Leningradi_Edasi_toimetus, lk 11
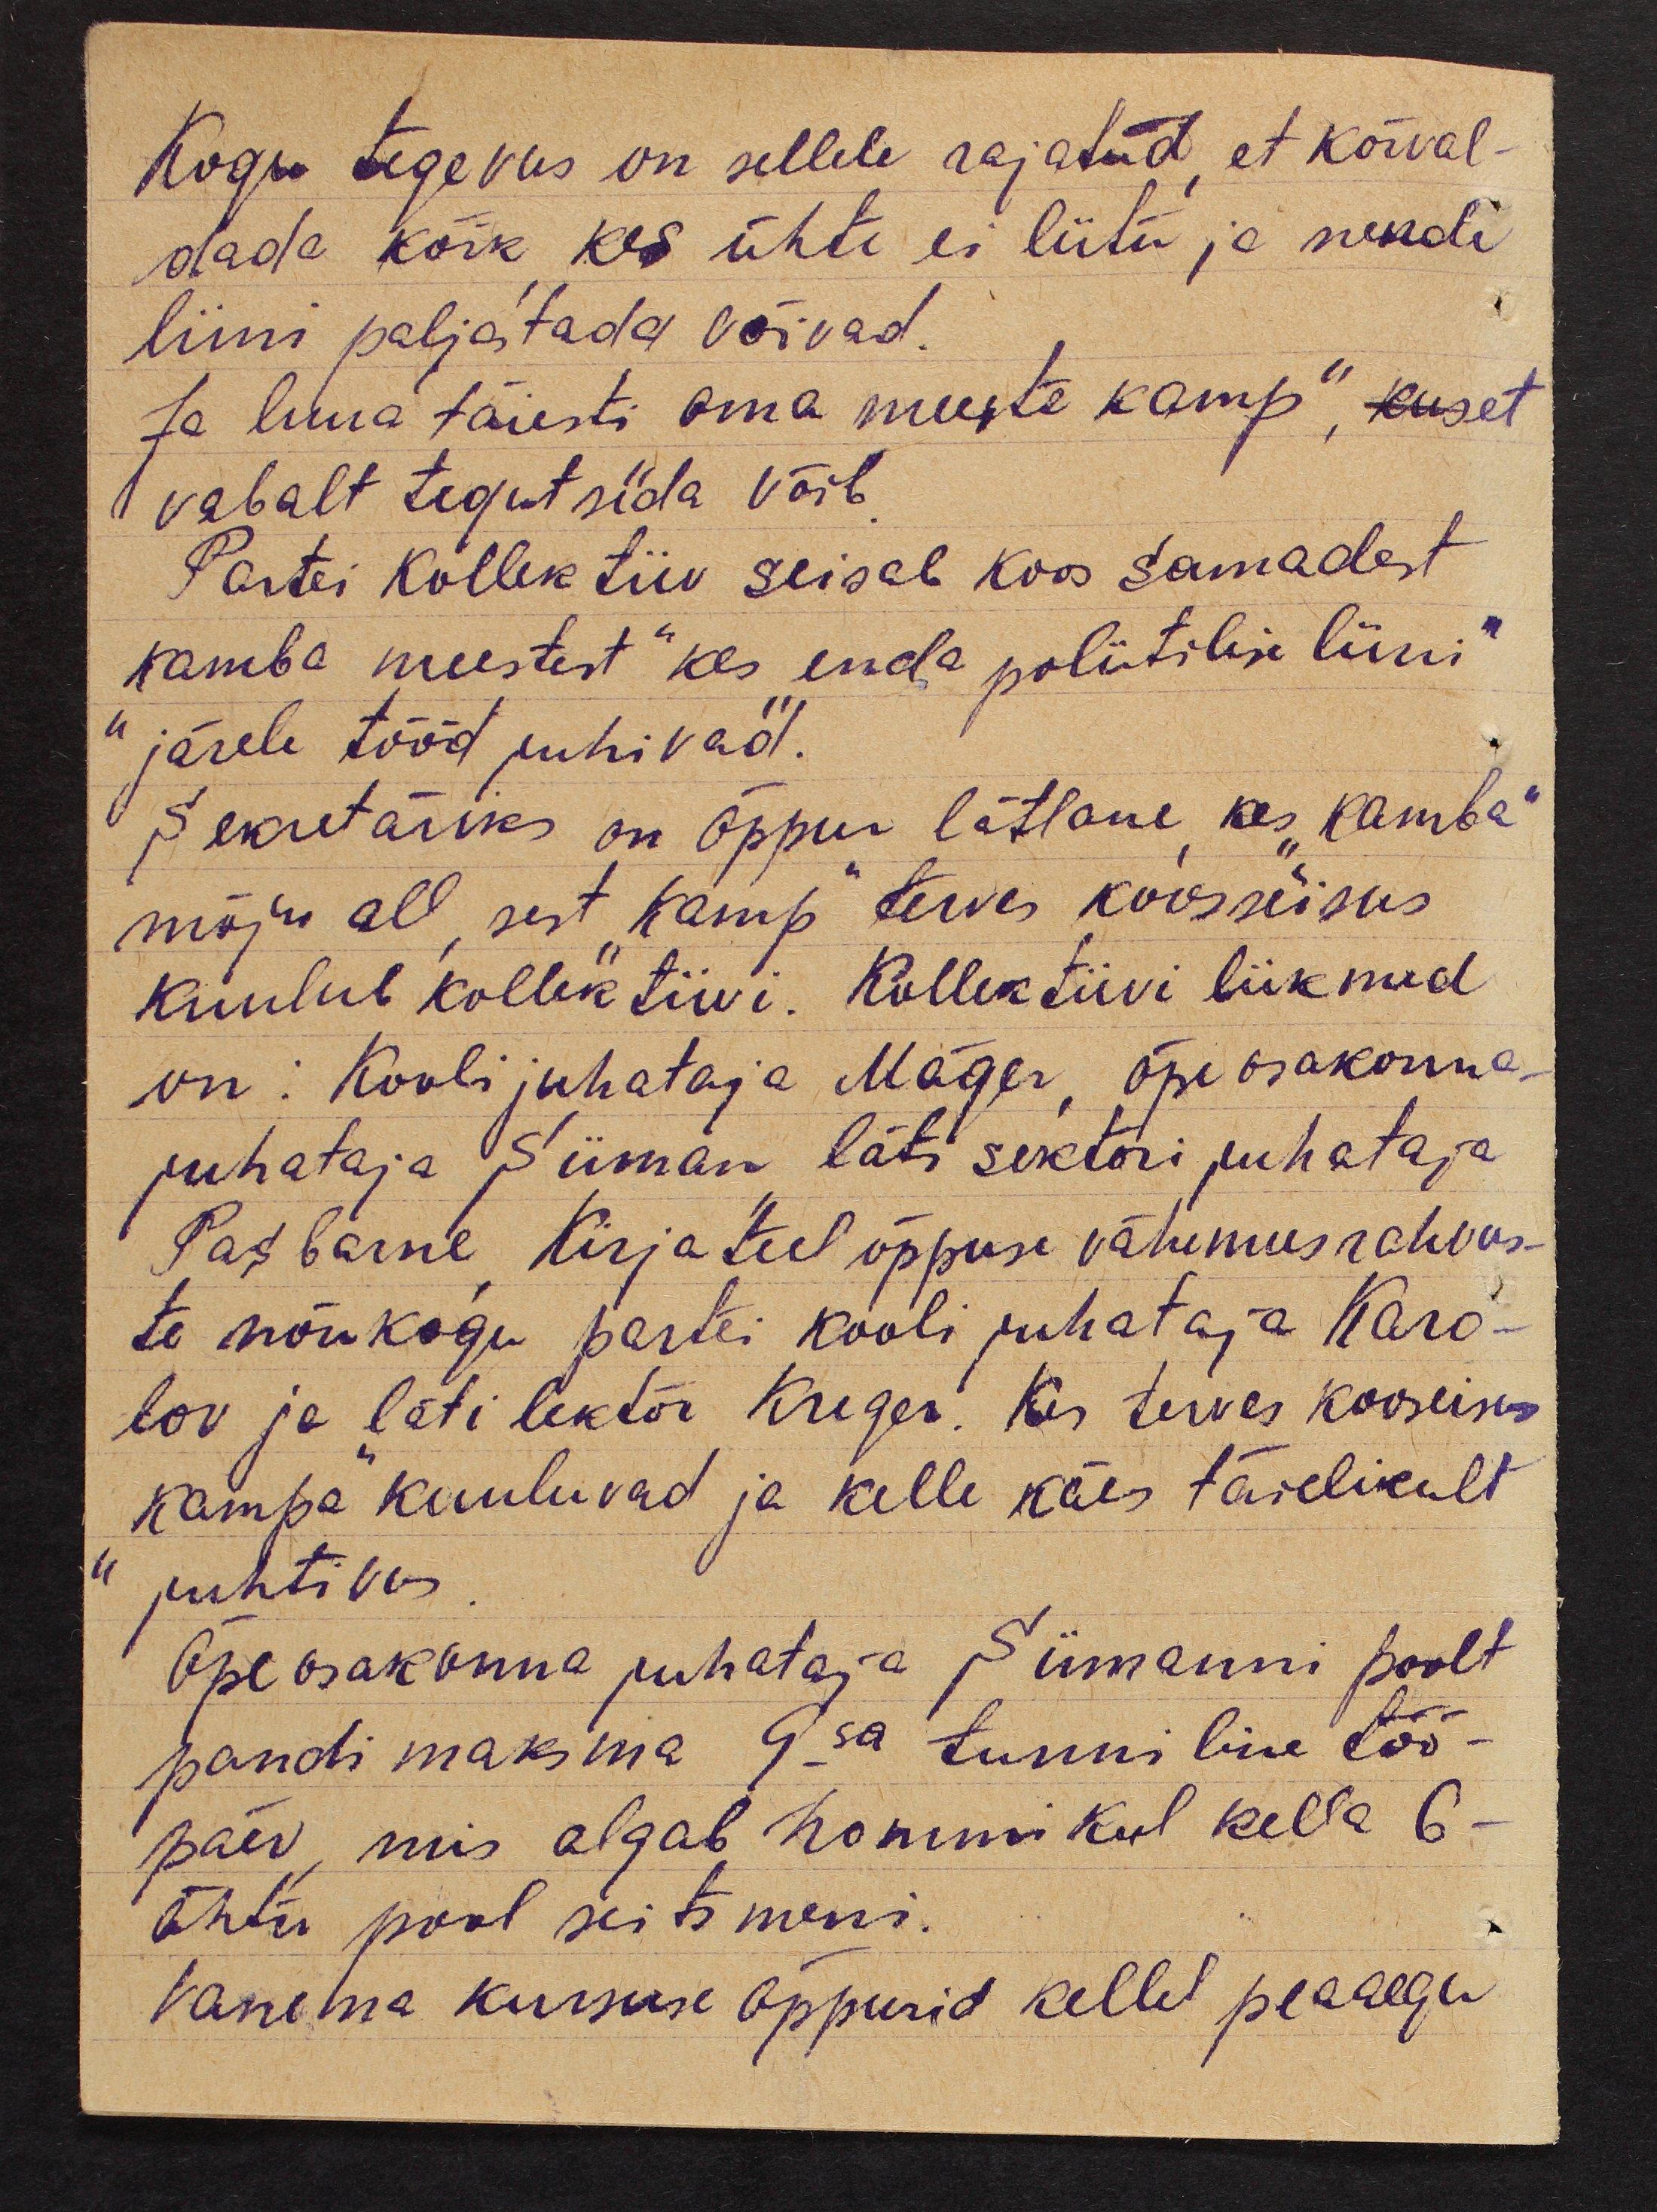
Kogu tegevus on sellele rajatud, et kõrval-
dada kõik, kes ühte ei liitu ja nende
liini paljastada võivad.
Ja luua täiesti "oma meeste kamp", kus et
vabalt tegutseda võib.
Partei kollektiiv seisab koos samadest
"kamba meestest" kes "enda poliitilise liini"
järele tööd juhivad.
Sekretäriks on õppur lätlane, kes "kamba"
mõju all, sest "kamp" terves koosseisus
kuulub kollektiivi. Kollektiivi liikmed
on: Koolijuhataja Mäger, õpeosakonna-
juhataja Siiman, läti sektori juhataja
Pasbarne, Kirja teel õppuse vähemusrahvus-
te nõukogu partei kooli juhataja Karo-
lov ja läti lektor Kreger. Kes terves kooseisus
"kampa" kuuluvad ja kelle käes täielikult
juhtivus.
Õpeosakonna juhataja Siimanni poolt
pandi maksma 9sa tunniline töö-
päev, mis algab hommikul kella 6-
õhtu pool seitsmeni.
Vanema kursuse õppurid kelle peaaegu